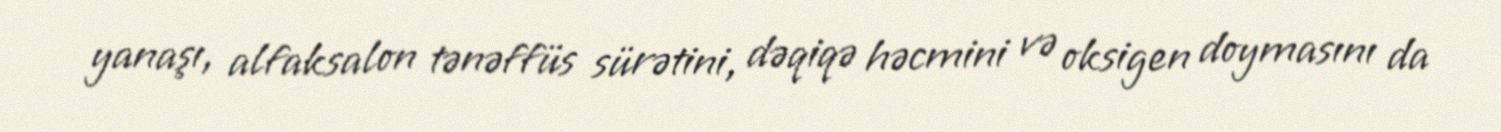
yanaşı, alfaksalon tənəffüs sürətini, dəqiqə həcmini və oksigen doymasını da